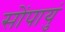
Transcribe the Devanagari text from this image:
सोंपायुं